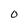
Character: O